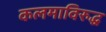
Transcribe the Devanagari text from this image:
कलमाविरुद्ध